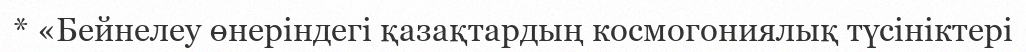
* «Бейнелеу өнеріндегі қазақтардың космогониялық түсініктері